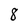
Character: 8